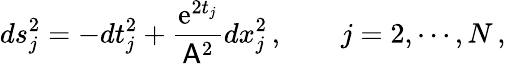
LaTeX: ds_{j}^{2}=-dt_{j}^{2}+\frac{\mathrm{e}^{2t_{j}}}{\mathsf{A}^{2}}dx_{j}^{2}\, ,\qquad j=2,\cdots,N\, ,